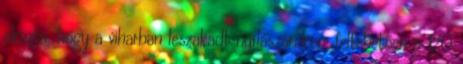
okozta, hogy a viharban leszakadt nyílászárókon, feltehetően a 120